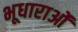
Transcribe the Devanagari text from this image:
भूधाराओं